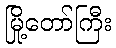
မြို့တော်ကြီး